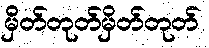
မှိတ်တုတ်မှိတ်တုတ်